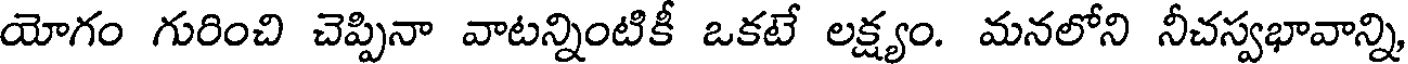
యోగం గురించి చెప్పినా వాటన్నింటికీ ఒకటే లక్ష్యం. మనలోని నీచస్వభావాన్ని